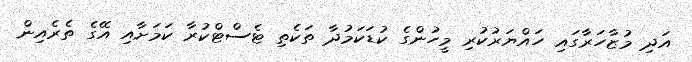
އަދި މުޒާހަރާގައި ހައްޔަރުކުރި މީހުންގެ ކުޑަކަމުދާ ތަކެތި ޓެސްޓްކުރާ ކަމަށާއި އޭގެ ތެރެއިން